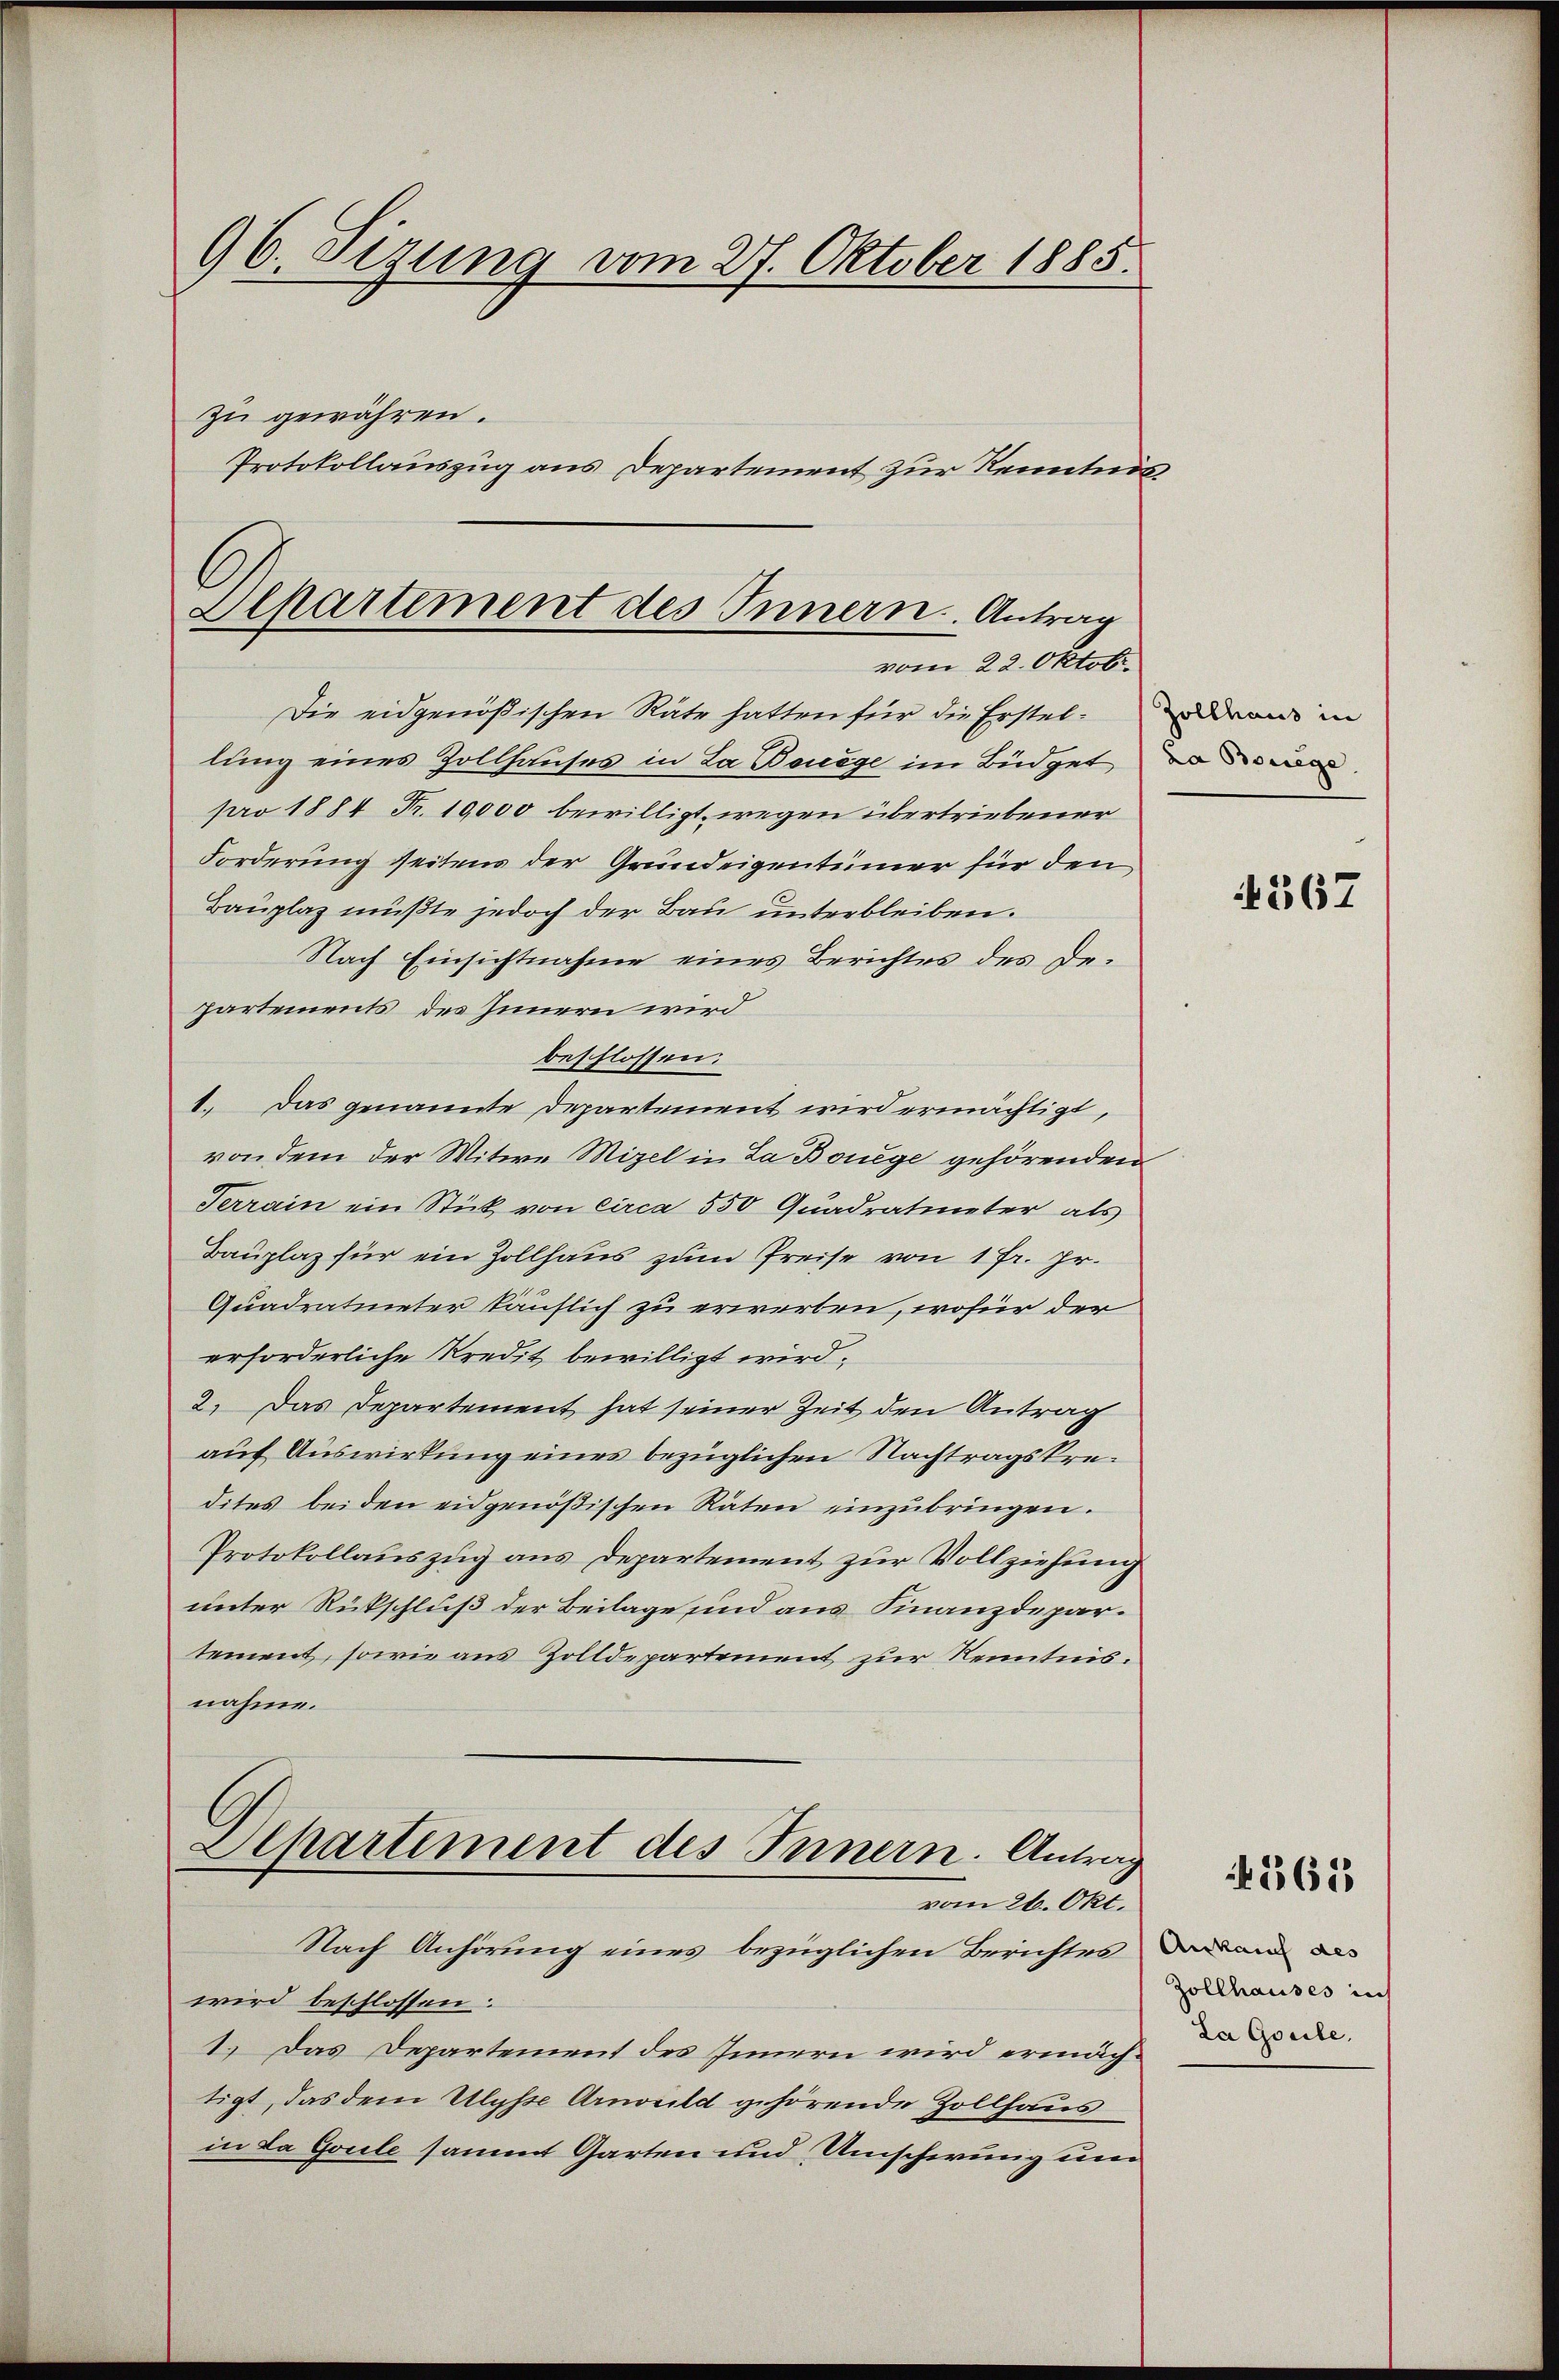
96. Sizung vom 27. Oktober 1885.
zu gewähren.
Protokollauszug aus Departement zur Kenntnis

Separtement des Innern. Antrag
vom 22. Oktobr.

Die eidgenößischen Räte hatten für die Erstel-diren in
lung eines Zollhauses in La Bouege im Büdget wer
pro 1884 Fr. 10,000 bewilligt wegen übertriebener
Forderung seitens der Grundeigentümer für den
Bauplaz müßte jedoch der Bau unterbleiben.
Nach Einsichtnahme eines Berichtes des Departements des Innern wird
beschlossen:
1. Das genannte Departement wird ermächtigt,
von dem der Witwe Mizel in La Bönege gehörenden
Terrain ein Stick von circa 550 Quadratineter als
Bauplaz für ein Zollhaus zum Preise von 1 Fr. pr.
Quadratineter käuflich zu erwerben, wofür der
erforderliche Kredit bewilligt wird,
2. Das Departement hat seiner Zeit den Antrag
auf Auswirkung eines bezüglichen Nachtragskredites beiden eidgenößischen Räten einzubringen.
Protokollauszug aus Departement zur Vollziehung
unter Rückschluß der Beilage und aus Finanzdepartement, sowie aus Zolldepartement zur Kenntnis.
nahme.
Departement des Innern. Antrag
vom 26. Okt.
Nach Anhörung eines bezüglichen Berichtes daran das
wird beschlossen:
1. Das Departement des Innern wird ermächtigt, das dem Ulysse Arnorild gehörende Zollhaus
in da Goule sammt Garten und Umschwung und

4567

4261

Zollhauses in
La Goeile,